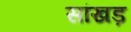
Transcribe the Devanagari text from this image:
सांखड़